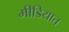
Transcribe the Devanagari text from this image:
मीडियात